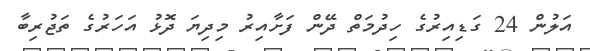
އަލުން 24 ގަޑިއިރުގެ ހިދުމަތް ދޭން ފަށާއިރު މިދިޔަ ދޮޅު އަހަރުގެ ތަޖުރިބާ